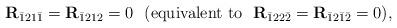
LaTeX: \begin{align*}\mathbf{R}_{\bar{1}21\bar{1}}=\mathbf{R}_{\bar{1}212}=0~~(\textrm{equivalent to}~~\mathbf{R}_{\bar{1}22\bar{2}}=\mathbf{R}_{\bar{1}2\bar{1}\bar{2}}=0),\end{align*}